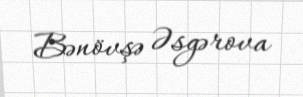
Bənövşə Əsgərova